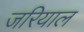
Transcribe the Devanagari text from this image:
जरियाल